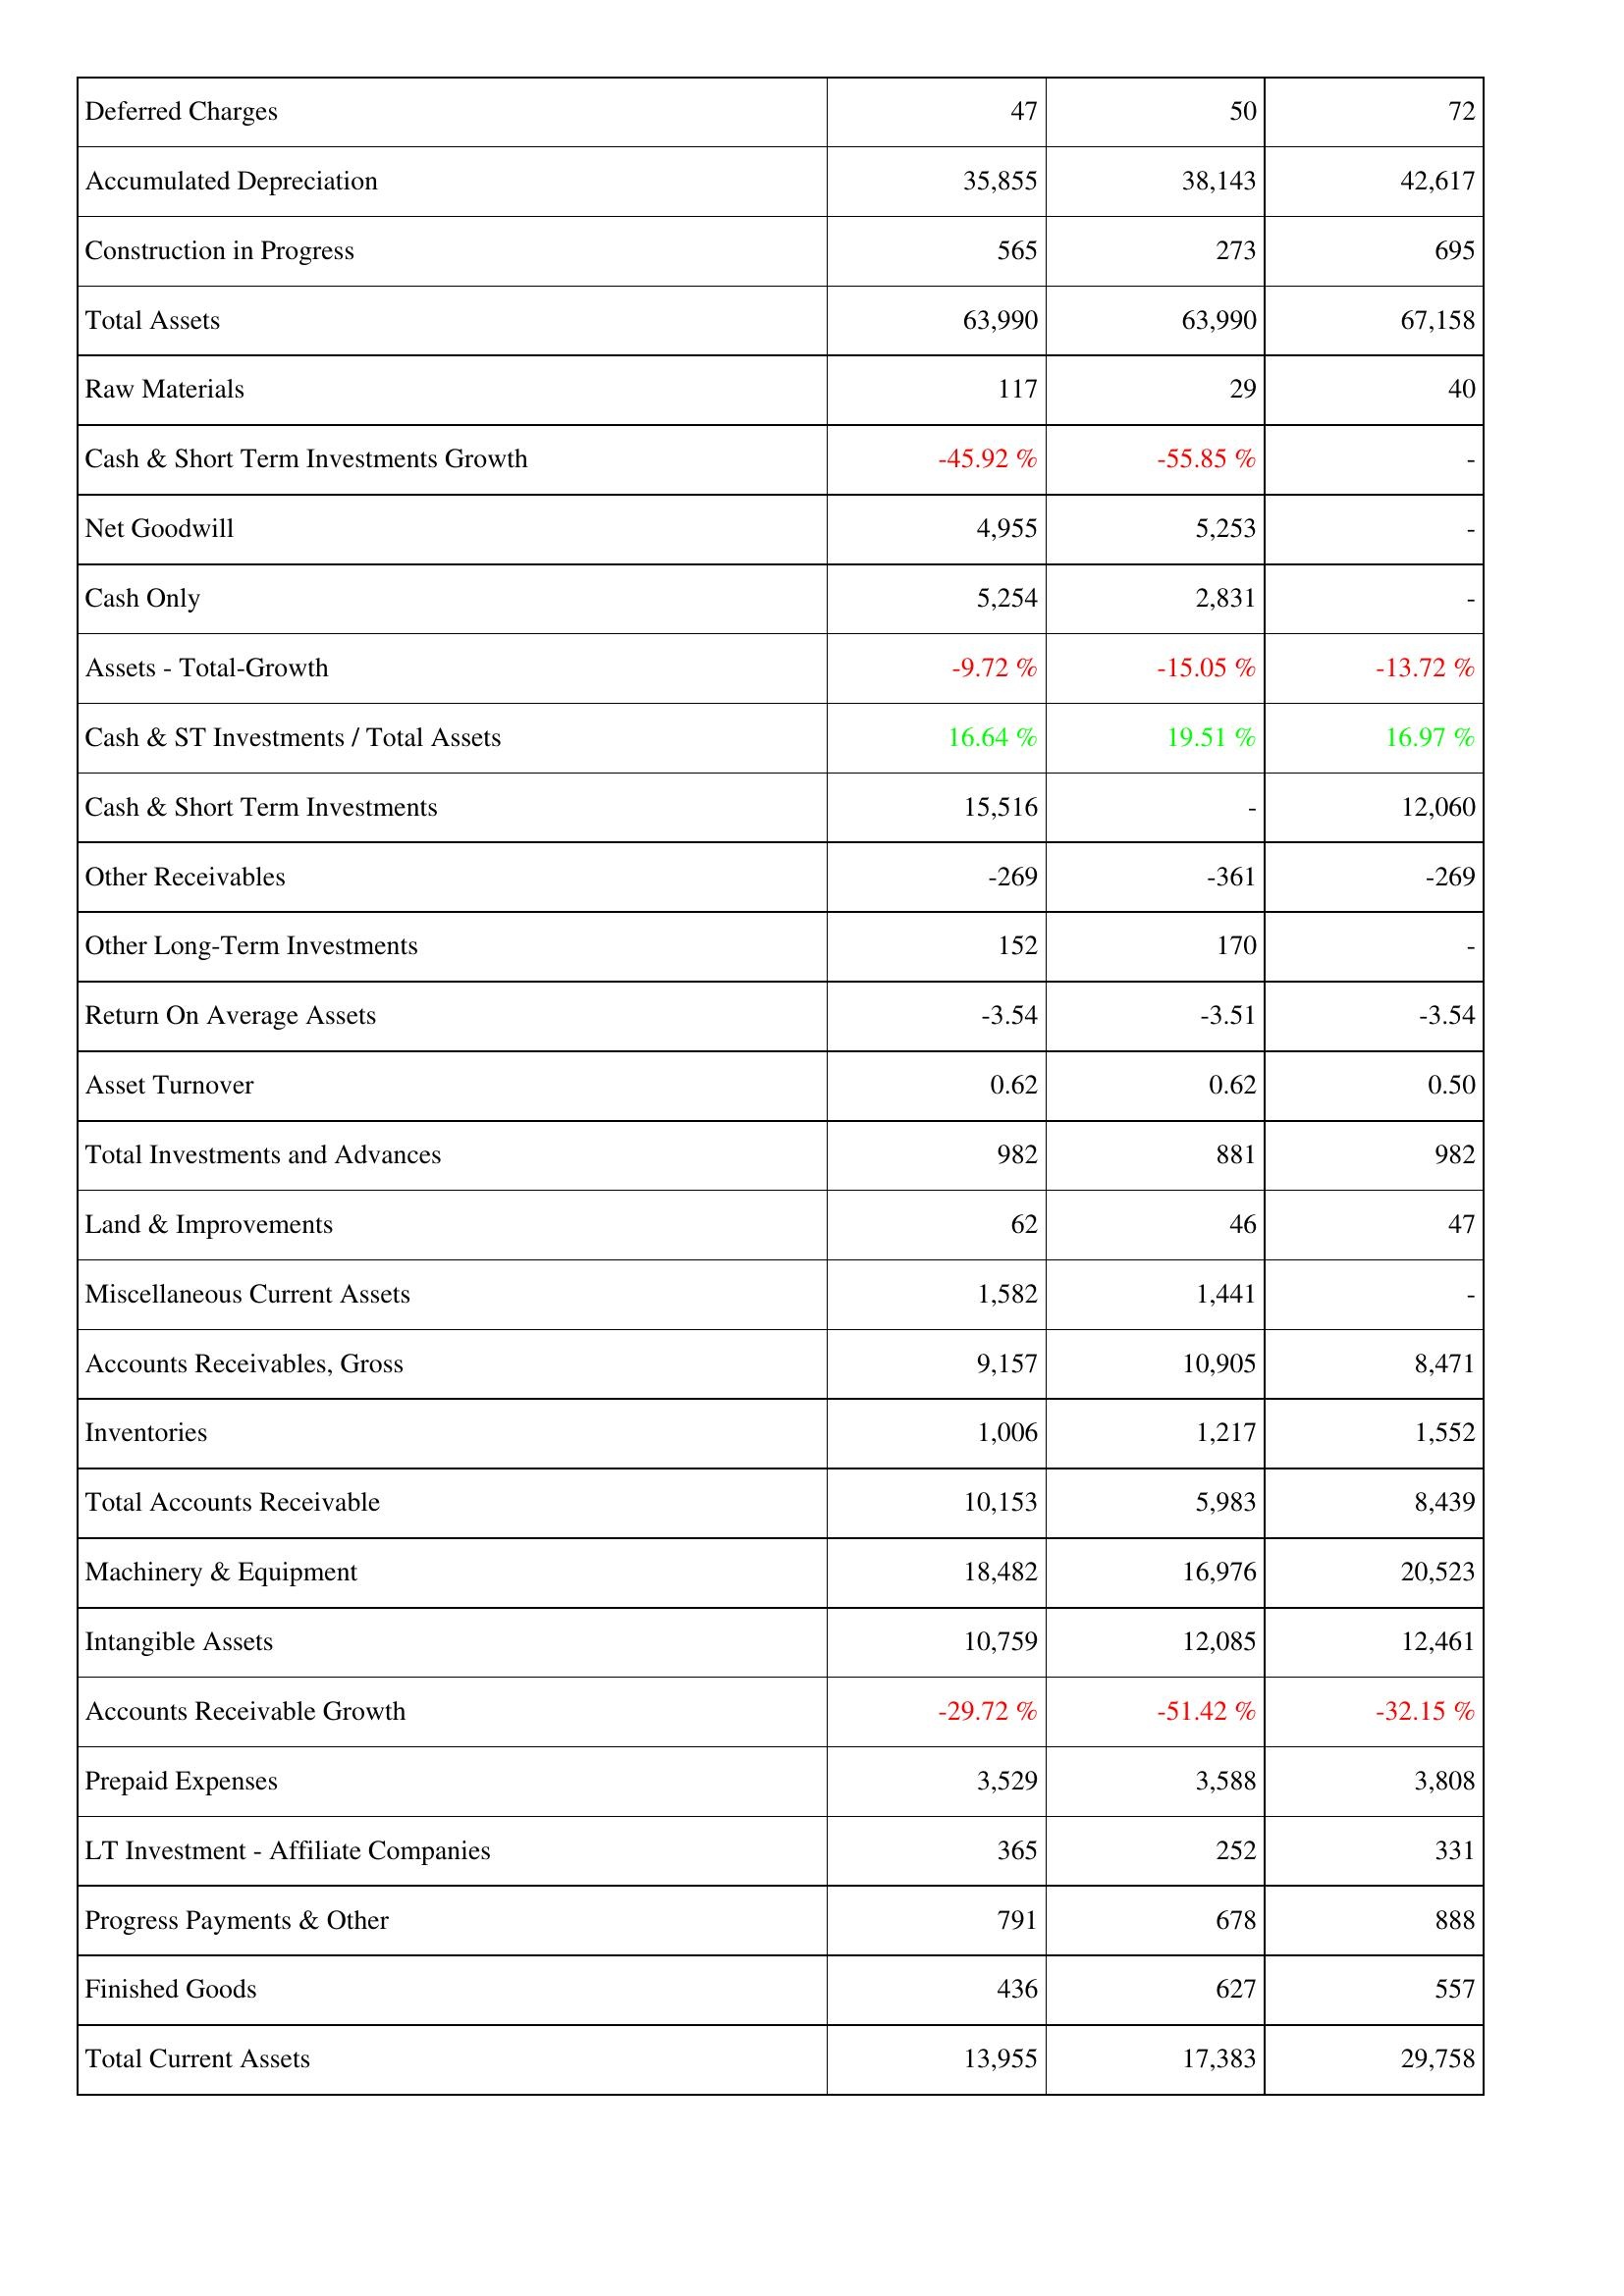
2016: Assets: Deferred Charges: 47
Accumulated Depreciation: 35,855
Construction in Progress: 565
Total Assets: 63,990
Raw Materials: 117
Cash & Short Term Investments Growth: -45.92 %
Net Goodwill: 4,955
Cash Only: 5,254
Assets - Total-Growth: -9.72 %
Cash & ST Investments / Total Assets: 16.64 %
Cash & Short Term Investments: 15,516
Other Receivables: -269
Other Long-Term Investments: 152
Return On Average Assets: -3.54
Asset Turnover: 0.62
Total Investments and Advances: 982
Land & Improvements: 62
Miscellaneous Current Assets: 1,582
Accounts Receivables, Gross: 9,157
Inventories: 1,006
Total Accounts Receivable: 10,153
Machinery & Equipment: 18,482
Intangible Assets: 10,759
Accounts Receivable Growth: -29.72 %
Prepaid Expenses: 3,529
LT Investment - Affiliate Companies: 365
Progress Payments & Other: 791
Finished Goods: 436
Total Current Assets: 13,955
2015: Assets: Deferred Charges: 50
Accumulated Depreciation: 38,143
Construction in Progress: 273
Total Assets: 63,990
Raw Materials: 29
Cash & Short Term Investments Growth: -55.85 %
Net Goodwill: 5,253
Cash Only: 2,831
Assets - Total-Growth: -15.05 %
Cash & ST Investments / Total Assets: 19.51 %
Cash & Short Term Investments: -
Other Receivables: -361
Other Long-Term Investments: 170
Return On Average Assets: -3.51
Asset Turnover: 0.62
Total Investments and Advances: 881
Land & Improvements: 46
Miscellaneous Current Assets: 1,441
Accounts Receivables, Gross: 10,905
Inventories: 1,217
Total Accounts Receivable: 5,983
Machinery & Equipment: 16,976
Intangible Assets: 12,085
Accounts Receivable Growth: -51.42 %
Prepaid Expenses: 3,588
LT Investment - Affiliate Companies: 252
Progress Payments & Other: 678
Finished Goods: 627
Total Current Assets: 17,383
2014: Assets: Deferred Charges: 72
Accumulated Depreciation: 42,617
Construction in Progress: 695
Total Assets: 67,158
Raw Materials: 40
Cash & Short Term Investments Growth: -
Net Goodwill: -
Cash Only: -
Assets - Total-Growth: -13.72 %
Cash & ST Investments / Total Assets: 16.97 %
Cash & Short Term Investments: 12,060
Other Receivables: -269
Other Long-Term Investments: -
Return On Average Assets: -3.54
Asset Turnover: 0.50
Total Investments and Advances: 982
Land & Improvements: 47
Miscellaneous Current Assets: -
Accounts Receivables, Gross: 8,471
Inventories: 1,552
Total Accounts Receivable: 8,439
Machinery & Equipment: 20,523
Intangible Assets: 12,461
Accounts Receivable Growth: -32.15 %
Prepaid Expenses: 3,808
LT Investment - Affiliate Companies: 331
Progress Payments & Other: 888
Finished Goods: 557
Total Current Assets: 29,758